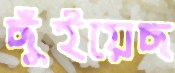
ছুঁইয়েছ